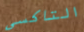
التاكسي